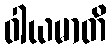
ဝါယမာတိ